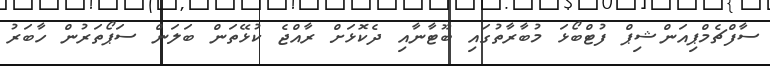
ސާފްޗެމްޕިއަންޝިޕް ފުޓްބޯޅަ މުބާރާތުގައި ބޫޓާނާއި ދެކޮޅަށް ރާއްޖެ ކުޅޭތަން ބަލަން ސަޕޯތަރުން ހާބަރު